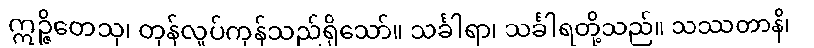
ဣဉ္ဇိတေသု၊ တုန်လှုပ်ကုန်သည်ရှိသော်။ သင်္ခါရာ၊ သင်္ခါရတို့သည်။ သဿတာနိ၊